Indian journal of veterinary science and animal husbandry - Volumes 22-23, 1952-1953
Year: 1952
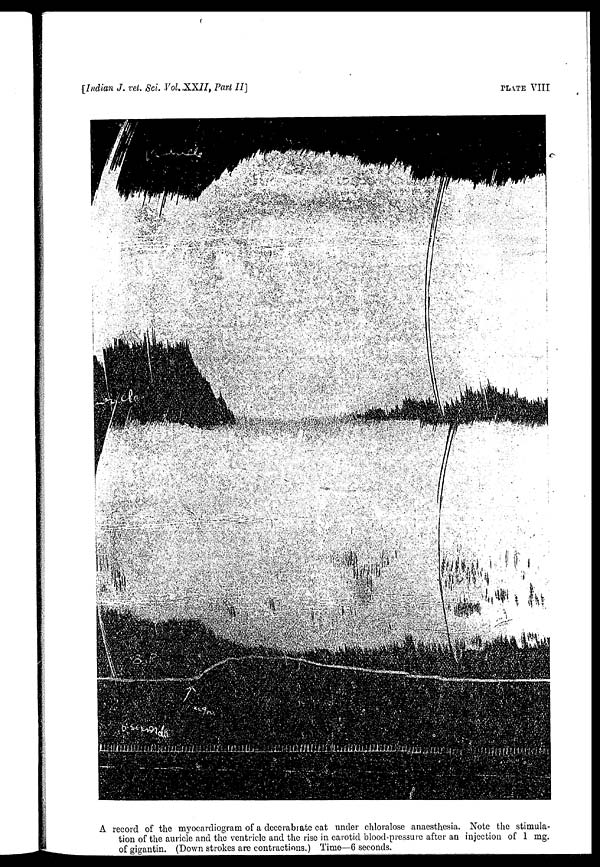
[Indian J. vet. Sci Vol. XXII, Part II]
PLATE VIII
A record of the myocardiogram of a decerabrate cat under chloralose anaesthesia. Note the stimula-
tion of the auricle and the ventricle and the rise in carotid blood-pressure after an injection of 1 mg.
of gigantin. (Down strokes are contractions.) Time—6 seconds.